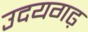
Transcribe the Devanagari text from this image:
उदयगढ़